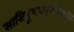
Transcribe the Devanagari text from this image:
सासितूणधनुर्बाणपाणिं